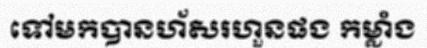
ទៅមកបានហ័សរហួនផង កម្លាំង